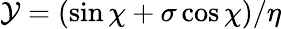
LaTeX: \mathcal{Y}=(\sin\chi+\sigma\cos\chi)/\eta